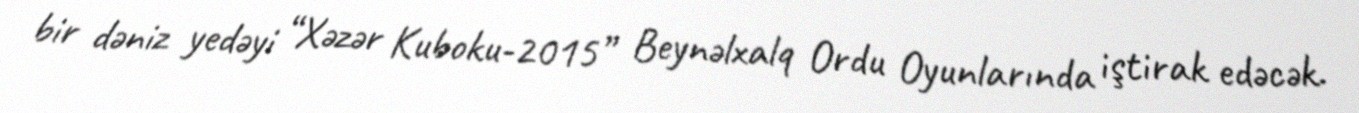
bir dəniz yedəyi “Xəzər Kuboku-2015” Beynəlxalq Ordu Oyunlarında iştirak edəcək.